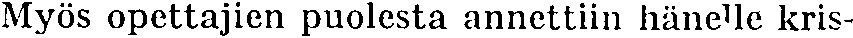
Myös opettajien puolesta annettiin hänelle kris-